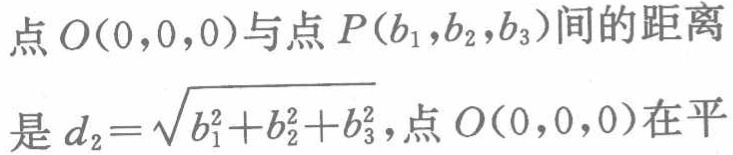
点\(O(0,0,0)\)与点\(P(b_{1},b_{2},b_{3})\)间的距离
是 \(d_{2}=\sqrt{b_{1}^{2}+b_{2}^{2}+b_{3}^{2}}\)，点\(O(0,0,0)\)在平